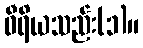
ဝီရိယသည်း(၁)။